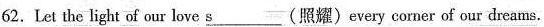
62.Let the light of our love \underline{s}(照耀)every corner of our dreams.